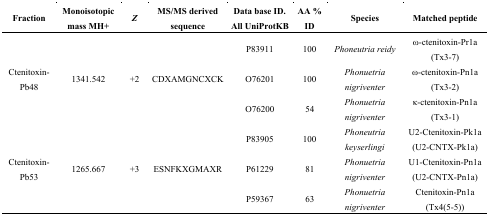
| Fraction | Monoisotopic mass MH+ | Z | MS/MS derived sequence | Data base ID. All UniProtKB | AA % ID | Species | Matched peptide |
 | --- | --- | --- | --- | --- | --- | --- | --- |
 | <ROWSPAN=3> Ctenitoxin-Pb48 | <ROWSPAN=3> 1341.542 | <ROWSPAN=3> +2 | <ROWSPAN=3> CDXAMGNCXCK | P83911 | 100 | Phoneutria reidy | ω-ctenitoxin-Pr1a (Tx3-7) |
 | O76201 | 100 | Phonuetria nigriventer | ω-ctenitoxin-Pn1a (Tx3-2) |
 | O76200 | 54 | Phonuetria nigriventer | κ-ctenitoxin-Pn1a (Tx3-1) |
 | <ROWSPAN=3> Ctenitoxin-Pb53 | <ROWSPAN=3> 1265.667 | <ROWSPAN=3> +3 | <ROWSPAN=3> ESNFKXGMAXR | P83905 | 100 | Phoneutria keyserlingi | U2-Ctenitoxin-Pk1a (U2-CNTX-Pk1a) |
 | P61229 | 81 | Phonuetria nigriventer | U1-Ctenitoxin-Pn1a (U2-CNTX-Pn1a) |
 | P59367 | 63 | Phonuetria nigriventer | Ctenitoxin-Pn1a (Tx4(5-5)) |